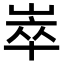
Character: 崒